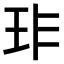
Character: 𤤃